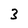
Character: 3